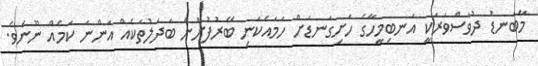
މާބަނޑު ދުވަސްވަރަކީ އަނބިމީހާގެ ހަށިގަނޑަށް ހަމައެކަނި ބޭރުފުށުން ބަދަލުތަކެއް އަންނަ ކަމެއް ނޫނެވެ.